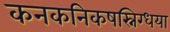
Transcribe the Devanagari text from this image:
कनकनिकषस्निग्धया